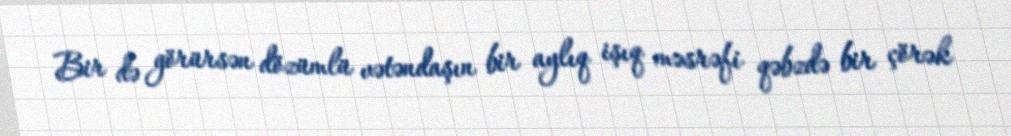
Bir də görürsən dözümlü vətəndaşın bir aylıq işıq məsrəfi qəbzdə bir çörək